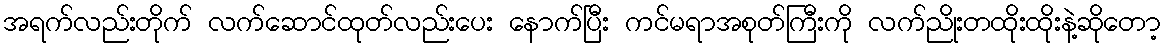
အရက်လည်းတိုက် လက်ဆောင်ထုတ်လည်းပေး နောက်ပြီး ကင်မရာအစုတ်ကြီးကို လက်ညိုးတထိုးထိုးနဲ့ဆိုတော့